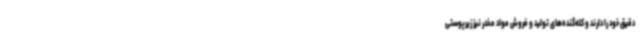
دقیق خود را دارند و کله‌گنده‌های تولید و فروش مواد مخدر نیز زیرپوستی